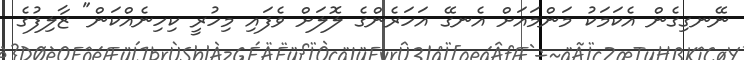
ނޭނގިގެން އެކަމަކު މަންމައަށް އެނގޭ އަހަރެންގެ ލޮލަށް ވެފައި މިހުރީ ކިހިނެއްކަން" ޒާލިފުގެ